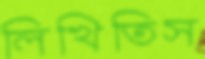
লিখিতিস